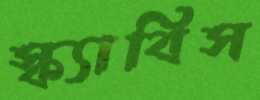
স্ক্যাবিস